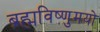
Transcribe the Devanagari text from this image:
ब्रह्मविष्णुमयो